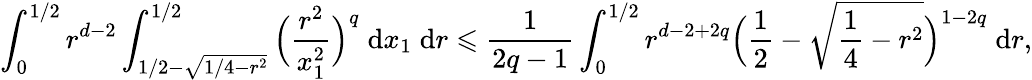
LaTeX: \int_{0}^{1/2}r^{d-2}\int_{1/2-\sqrt{1/4-r^{2}}}^{1/2}\Big(\frac{r^{2}}{x_{1}^{2}}\Big)^{q}\; \mathrm{d}x_{1}\; \mathrm{d}r\leqslant\frac{1}{2q-1}\int_{0}^{1/2}r^{d-2+2q}\Big(\frac{1}{2}-\sqrt{\frac{1}{4}-r^{2}}\Big)^{1-2q}\; \mathrm{d}r,